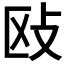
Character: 𰕅